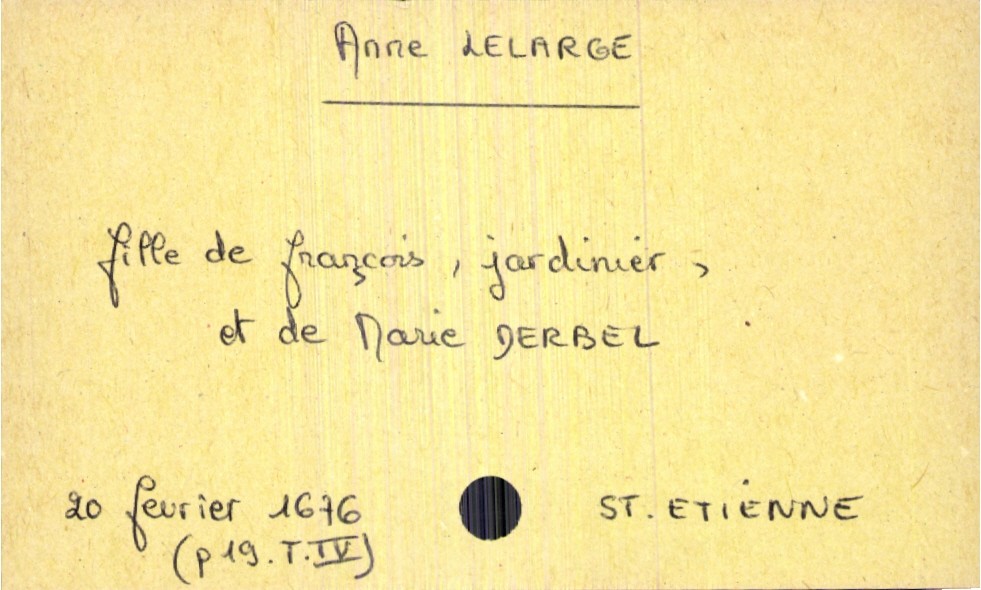
type_acte: Baptême
observations: acte se trouve p. 19 du Tome IV
filiation: fille
enfant_prénom: Anne
enfant_date_de_naissance: 20 février 1676
enfant_lieu_de_naissance: Saint Etienne
père_enfant_nom: Lelarge
père_enfant_prénom: François
père_enfant_profession: jardinier
mère_enfant_nom: Derbel
mère_enfant_prénom: Marie